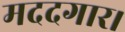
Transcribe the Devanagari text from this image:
मददगार।